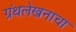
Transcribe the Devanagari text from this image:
ग्रंथलेखनाचा